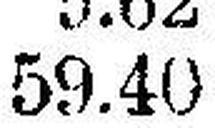
59.40